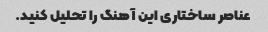
عناصر ساختاری این آهنگ را تحلیل کنید.